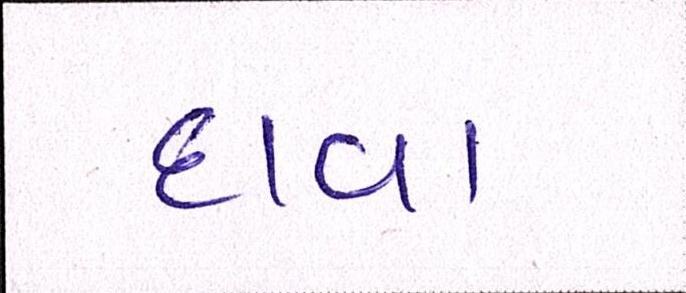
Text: દાવા